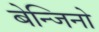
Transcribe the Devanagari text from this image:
बेन्जिनो